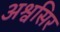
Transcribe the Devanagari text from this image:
अश्वसिर